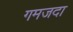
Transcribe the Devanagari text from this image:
गमजदा